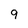
Character: 9